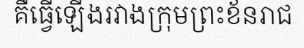
គឺធ្វើឡើងរវាងក្រុមព្រះខ័នរាជ